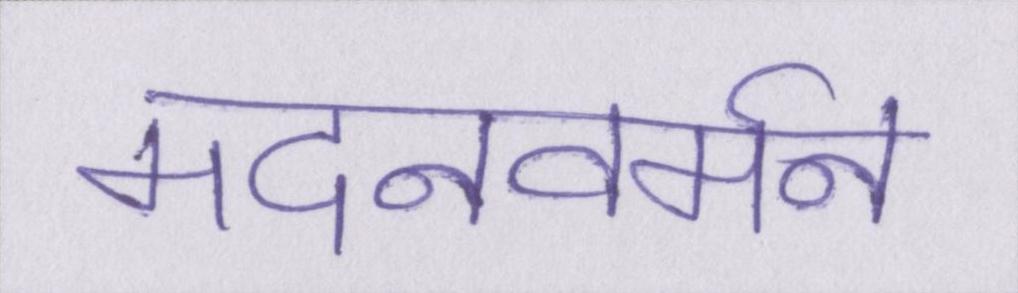
मदनवर्मन